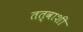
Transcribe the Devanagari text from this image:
तत्वाशी